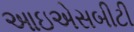
આઇએસબીટી